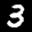
Label: 3